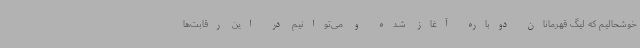
خوشحالیم که لیگ قهرمانان دوباره آغاز شده و می‌توانیم در این رقابت‌ها